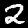
Label: 2